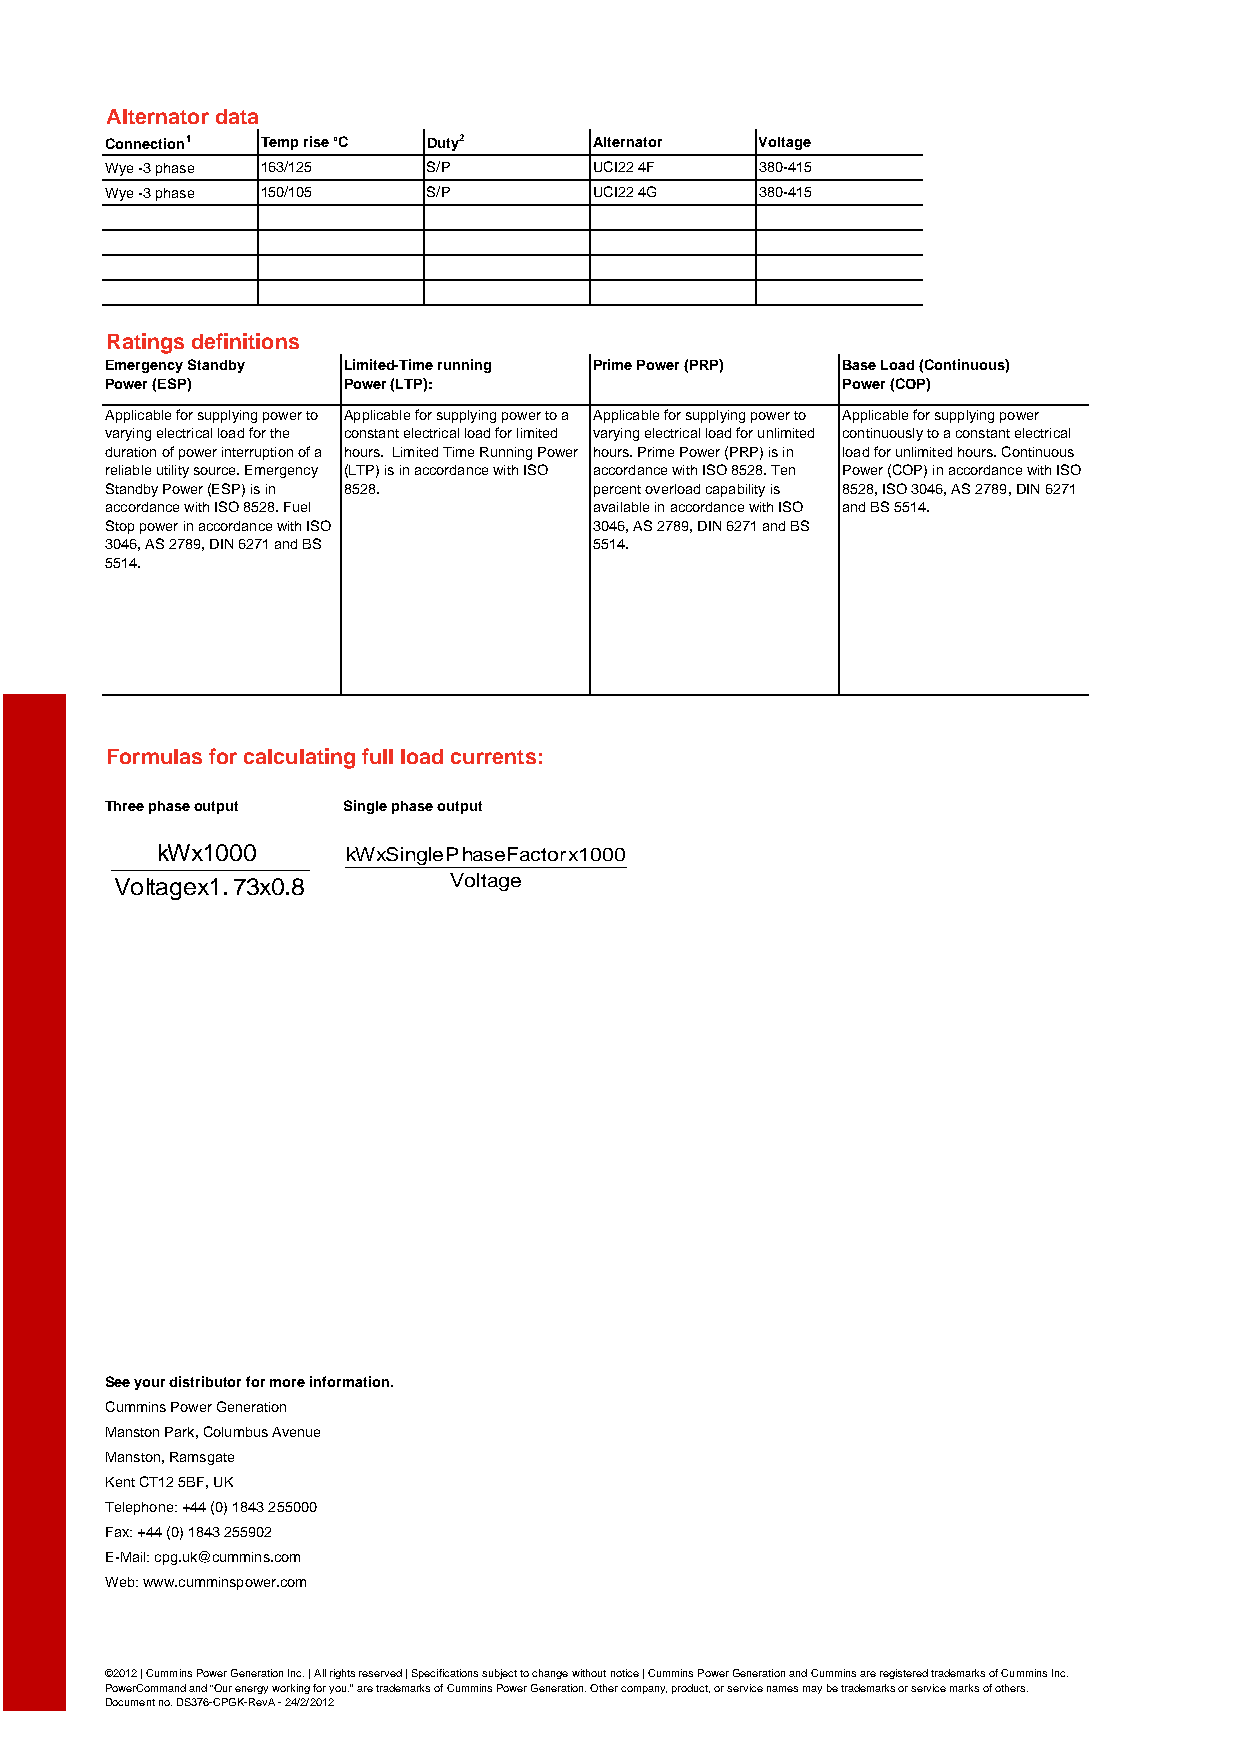
Alternator data
 Connection1 Temp rise °C Duty2  Alternator Voltage
 Wye -3 phase 163/125 S/P        UCI22 4F   380-415
 Wye -3 phase 150/105 S/P        UCI22 4G   380-415
 0         0          0          0
 Ratings definitions
 Emergency Standby Limited-Time running Prime Power (PRP) Base Load (Continuous)
 Power (ESP)     Power (LTP):                     Power (COP)
 Applicable for supplying power to Applicable for supplying power to a Applicable for supplying power to Applicable for supplying power
 varying electrical load for the constant electrical load for limited varying electrical load for unlimited continuously to a constant electrical
 duration of power interruption of a hours. Limited Time Running Power hours. Prime Power (PRP) is in load for unlimited hours. Continuous
 reliable utility source. Emergency (LTP) is in accordance with ISO accordance with ISO 8528. Ten Power (COP) in accordance with ISO
 Standby Power (ESP) is in 8528. percent overload capability is 8528, ISO 3046, AS 2789, DIN 6271
 accordance with ISO 8528. Fuel  available in accordance with ISO and BS 5514.
 Stop power in accordance with ISO 3046, AS 2789, DIN 6271 and BS
 3046, AS 2789, DIN 6271 and BS  5514.
 5514.
 Formulas for calculating full load currents:
 Three phase output Single phase output
 kWx1000      kWxSinglePhaseFactorx1000
 Voltagex1.73x0.8      Voltage
 See your distributor for more information.
 Cummins Power Generation
 Manston Park, Columbus Avenue
 Manston, Ramsgate
 Kent CT12 5BF, UK
 Telephone: +44 (0) 1843 255000
 Fax: +44 (0) 1843 255902
 E-Mail: cpg.uk@cummins.com
 Web: www.cumminspower.com
 ©2012 | Cummins Power Generation Inc. | All rights reserved | Specifications subject to change without notice | Cummins Power Generation and Cummins are registered trademarks of Cummins Inc.
 PowerCommand and “Our energy working for you.” are trademarks of Cummins Power Generation. Other company, product, or service names may be trademarks or service marks of others.
 Document no. DS376-CPGK-RevA - 24/2/2012